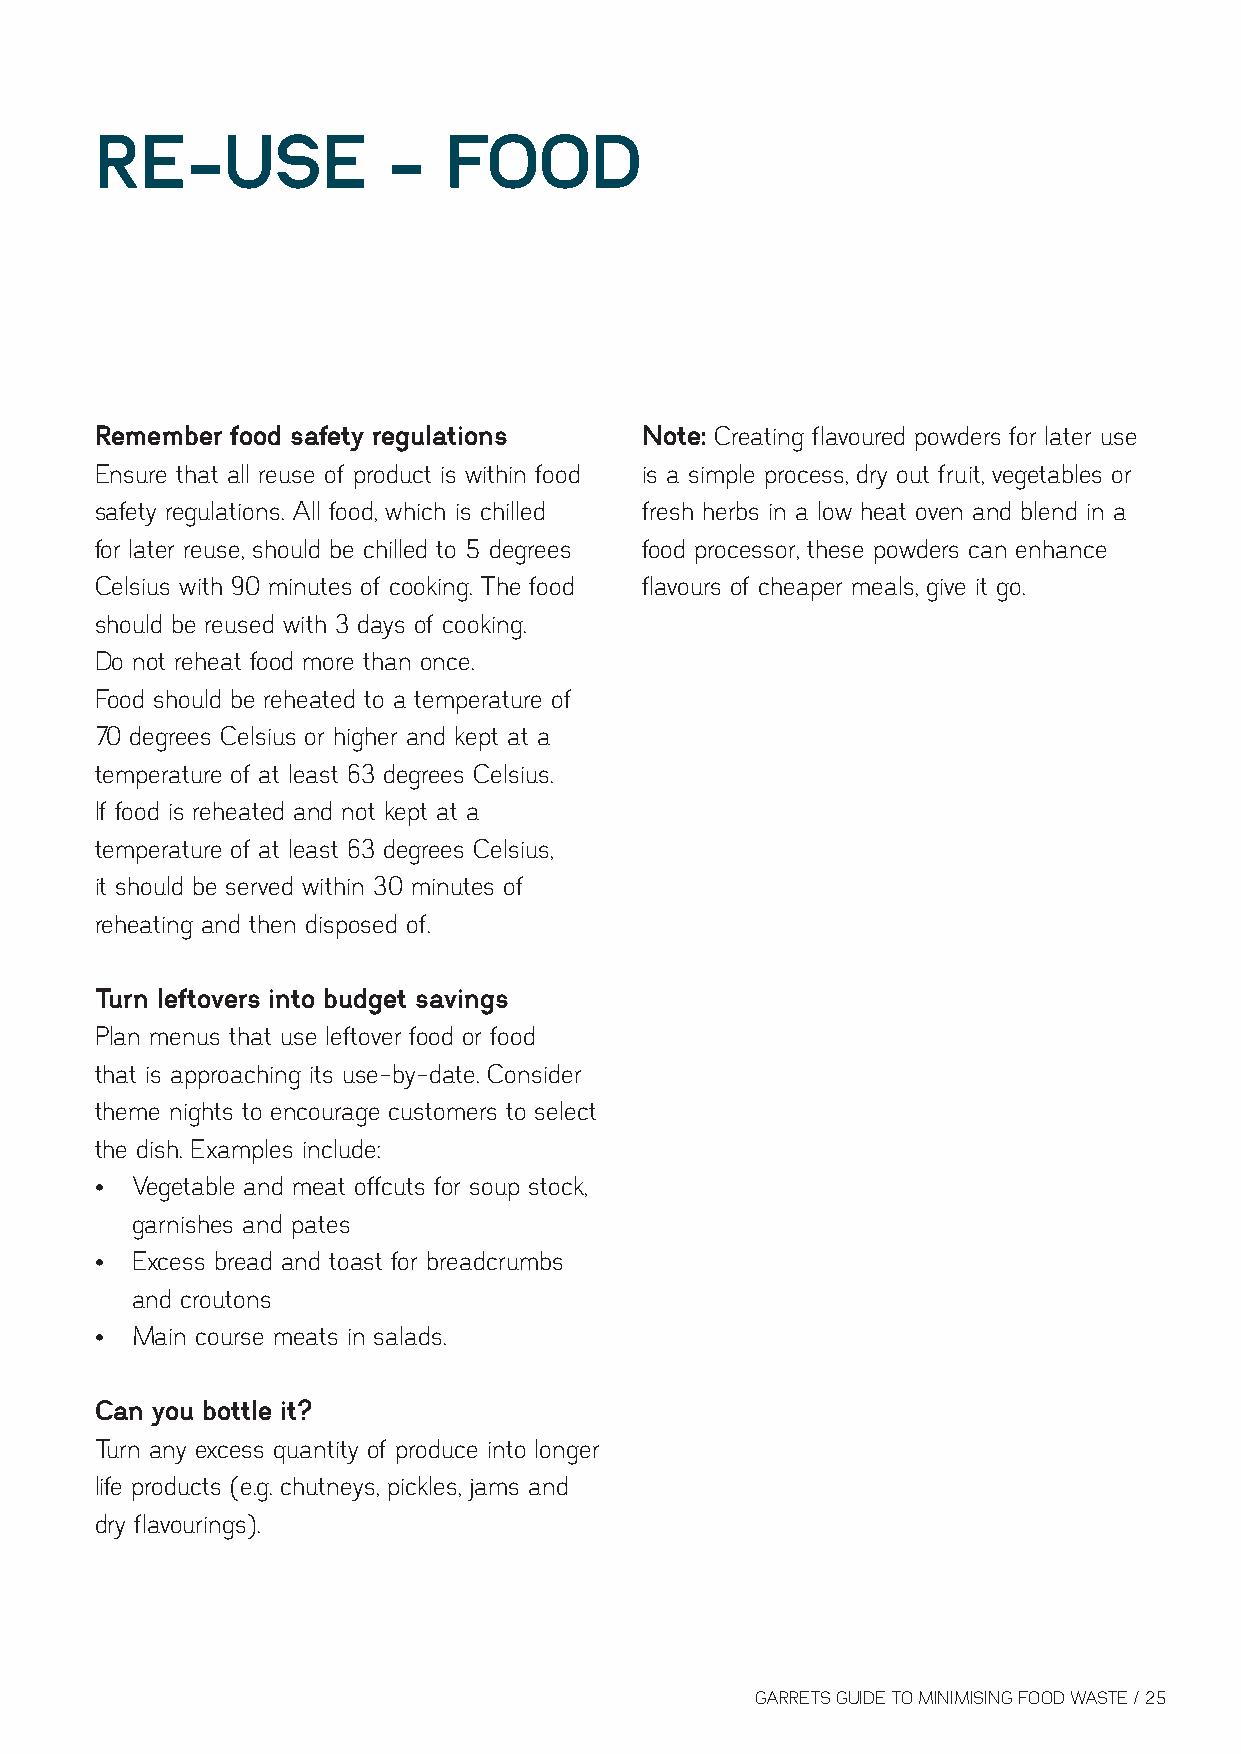
RE-USE              -  FOOD
 Remember food safety regulations    Note: Creating flavoured powders for later use
 Ensure that all reuse of product is within food is a simple process, dry out fruit, vegetables or
 safety regulations. All food, which is chilled fresh herbs in a low heat oven and blend in a
 for later reuse, should be chilled to 5 degrees food processor, these powders can enhance
 Celsius with 90 minutes of cooking. The food flavours of cheaper meals, give it go.
 should be reused with 3 days of cooking.
 Do not reheat food more than once.
 Food should be reheated to a temperature of
 70 degrees Celsius or higher and kept at a
 temperature of at least 63 degrees Celsius.
 If food is reheated and not kept at a
 temperature of at least 63 degrees Celsius,
 it should be served within 30 minutes of
 reheating and then disposed of.
 Turn leftovers into budget savings
 Plan menus that use leftover food or food
 that is approaching its use-by-date. Consider
 theme nights to encourage customers to select
 the dish. Examples include:
 •  Vegetable and meat offcuts for soup stock,
 garnishes and pates
 •  Excess bread and toast for breadcrumbs
 and croutons
 •  Main course meats in salads.
 Can you bottle it?
 Turn any excess quantity of produce into longer
 life products (e.g. chutneys, pickles, jams and
 dry flavourings).
 GARRETS GUIDE TO MINIMISING FOOD WASTE / 25